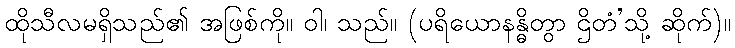
ထိုသီလမရှိသည်၏ အဖြစ်ကို။ ဝါ၊ သည်။ (ပရိယောနန္ဓိတွာ ဌိတံ’သို့ ဆိုက်)။